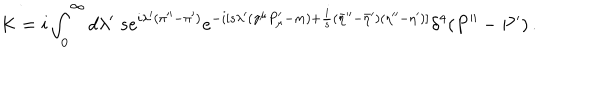
K = i \int _ { 0 } ^ { \infty } d \lambda ^ { \prime } \; s e ^ { i \lambda ^ { \prime } ( \pi ^ { \prime \prime } - \pi ^ { \prime } ) } e ^ { - i [ s \lambda ^ { \prime } ( \gamma ^ { \mu } P _ { \mu } ^ { \prime } - m ) + { \frac { i } { s } } ( { \bar { \eta } } ^ { \prime \prime } - { \bar { \eta } } ^ { \prime } ) ( \eta ^ { \prime \prime } - \eta ^ { \prime } ) ] } \delta ^ { 4 } ( P ^ { \prime \prime } - P ^ { \prime } ) \, .